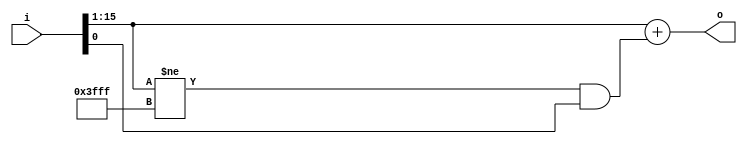
//***************************************************************************//
//***************************************************************************//
//  Copyright (c) 2018 zhanxn87
//  All rights reserved.
//
//  Permission is hereby granted, free of charge, to any person obtaining a 
//  copy of this software and associated documentation files (the "Software"),
//  to deal in the Software without restriction, including without limitation
//  the rights to use, copy, modify, merge, publish, distribute, sublicense, 
//  and/or sell copies of the Software, and to permit persons to whom the 
//  Software is furnished to do so, subject to the following conditions:
//
//  -The above copyright notice and this permission notice shall be included in
//  all copies or substantial portions of the Software.
//
//  THE SOFTWARE IS PROVIDED "AS IS", WITHOUT WARRANTY OF ANY KIND, EXPRESS OR
//  IMPLIED, INCLUDING BUT NOT LIMITED TO THE WARRANTIES OF MERCHANTABILITY, 
//  FITNESS FOR A PARTICULAR PURPOSE AND NONINFRINGEMENT. IN NO EVENT SHALL 
//  THE AUTHORS OR COPYRIGHT HOLDERS BE LIABLE FOR ANY CLAIM, DAMAGES OR OTHER 
//  LIABILITY, WHETHER IN AN ACTION OF CONTRACT, TORT OR OTHERWISE, ARISING 
//  FROM, OUT OF OR IN CONNECTION WITH THE SOFTWARE OR THE USE OR OTHER 
//  DEALINGS IN THE SOFTWARE.
//---------------------------------------------------------------------------//
//---------------------------------------------------------------------------//
//  Design Name          :  math_bm.v
//  Create by            :  zhanxn
//  Function Description :  math functions for saturation or round/truncation
//  
//  
//  
//***************************************************************************//
//***************************************************************************//

module signed_round
               (
                    i                   ,
                    o                    
               );

parameter I_W = 16;
parameter O_W = 15;

input  signed [I_W-1:0] i               ;
output signed [O_W-1:0] o               ;

wire sat = (i[I_W-1:I_W-O_W] != {1'b0, {O_W-1{1'b1}}}) && i[I_W-O_W-1];

wire signed [O_W-1:0] o = i[I_W-1:I_W-O_W] + sat;

endmodule

//***************************************************************************//

module unsigned_sat
               (
                    i                   ,
                    o                    
               );

parameter I_W = 16;
parameter O_W = 15;

input  [I_W-1:0]    i                   ;
output [O_W-1:0]    o                   ;

wire sat = |i[I_W-1:O_W];
wire [O_W-1:0] o = {O_W{sat}} | i[O_W-1:0];

endmodule

//***************************************************************************//
//***************************************************************************//
//Revision History:
// $Log$ 
//***************************************************************************//
//***************************************************************************//